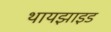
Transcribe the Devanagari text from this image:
थायझाइड